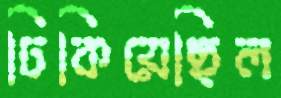
ঢিকিয়েছিল